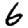
Digit: 6